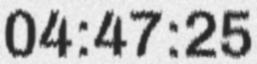
04:47:25